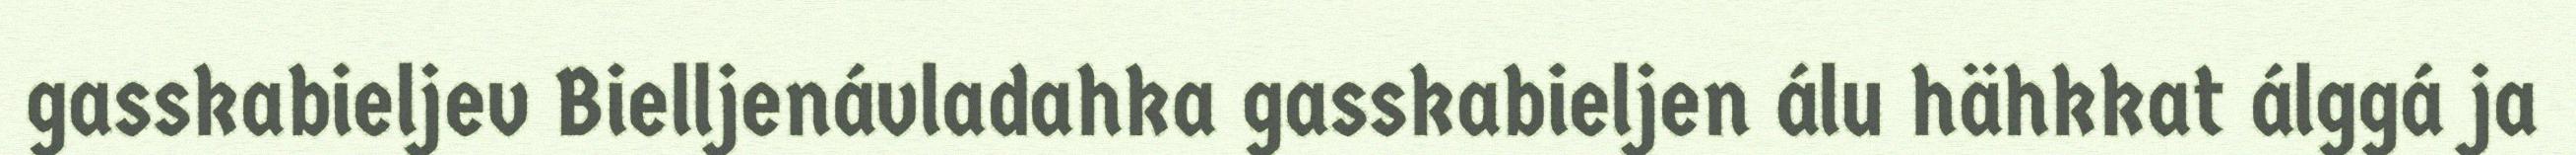
gasskabieljev Bielljenávladahka gasskabieljen álu hähkkat álggá ja